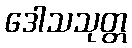
ဒေါသသုတ္တ